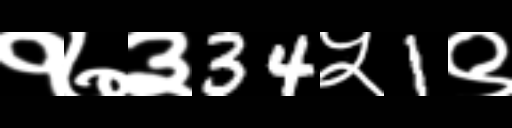
Text: १७३34५1९